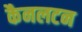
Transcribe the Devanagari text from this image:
कैनलटन